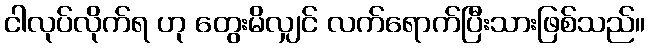
ငါလုပ်လိုက်ရ ဟု တွေးမိလျှင် လက်ရောက်ပြီးသားဖြစ်သည်။